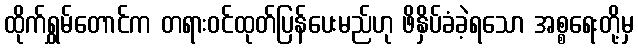
ထိုက်ရွှမ်တောင်က တရားဝင်ထုတ်ပြန်ပေးမည်ဟု ဖိနှိပ်ခံခဲ့ရသော အစ္စရေးတို့မှ